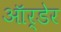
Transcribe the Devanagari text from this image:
ऑर्डेर